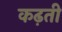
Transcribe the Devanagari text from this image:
कढ़ती